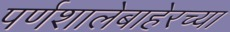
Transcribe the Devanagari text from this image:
पर्णशालेबाहेरच्या